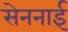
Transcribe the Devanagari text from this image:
सेननाई